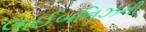
લાઈબનિઝની